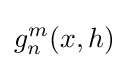
g_{n}^{m}(x,h)